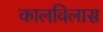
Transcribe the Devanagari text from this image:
कालविलास